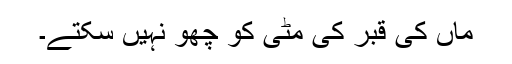
ماں کی قبر کی مٹی کو چھو نہیں سکتے۔